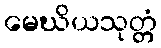
မေဃိယသုတ္တံ